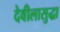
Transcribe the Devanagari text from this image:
देवीलासुद्धा